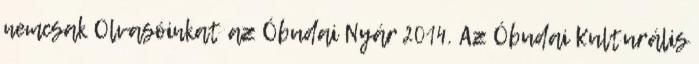
nemcsak Olvasóinkat az Óbudai Nyár 2014. Az Óbudai Kulturális